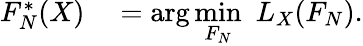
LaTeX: \begin{array}{rl}{F_{N}^{*}(X)}&{{}=\arg\underset{F_{N}}{\operatorname*{min}}\, \, L_{X}(F_{N}).}\end{array}